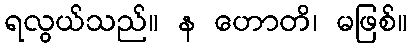
ရလွယ်သည်။ န ဟောတိ၊ မဖြစ်။